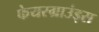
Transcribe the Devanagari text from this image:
फेयरग्राउंड्स